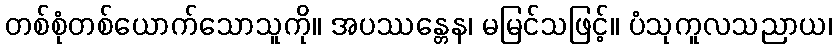
တစ်စုံတစ်ယောက်သောသူကို။ အပဿန္တေန၊ မမြင်သဖြင့်။ ပံသုကူလသညာယ၊